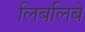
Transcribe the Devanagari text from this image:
लिबलिबे